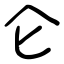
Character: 仑